Indian journal of veterinary science and animal husbandry - Volume 5,
Year: 1935
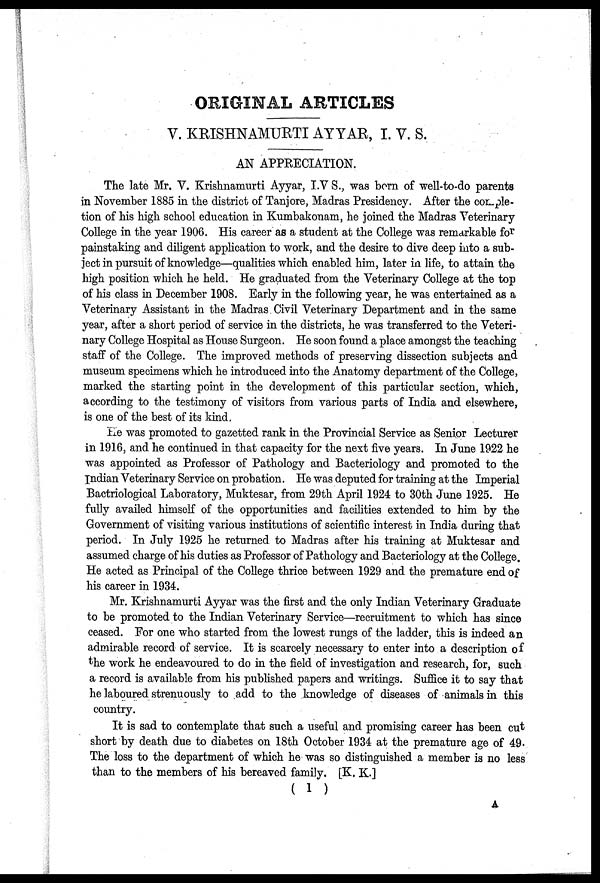
ORIGINAL ARTICLES
V. KRISHNAMURTI AYYAR, I. V. S.
AN APPRECIATION.
The late Mr. V. Krishnamurti Ayyar, I.V S., was born of well-to-do parents
in November 1885 in the district of Tanjore, Madras Presidency. After the comple-
tion of his high school education in Kumbakonam, he joined the Madras Veterinary
College in the year 1906. His career as a student at the College was remarkable for
painstaking and diligent application to work, and the desire to dive deep into a sub-
ject in pursuit of knowledge—qualities which enabled him, later in life, to attain the
high position which he held. He graduated from the Veterinary College at the top
of his class in December 1908. Early in the following year, he was entertained as a
Veterinary Assistant in the Madras Civil Veterinary Department and in the same
year, after a short period of service in the districts, he was transferred to the Veteri-
nary College Hospital as House Surgeon. He soon found a place amongst the teaching
staff of the College. The improved methods of preserving dissection subjects and
museum specimens which he introduced into the Anatomy department of the College,
marked the starting point in the development of this particular section, which,
according to the testimony of visitors from various parts of India and elsewhere,
is one of the best of its kind.
He was promoted to gazetted rank in the Provincial Service as Senior Lecturer
in 1916, and he continued in that capacity for the next five years. In June 1922 he
was appointed as Professor of Pathology and Bacteriology and promoted to the
Indian Veterinary Service on probation. He was deputed for training at the Imperial
Bactriological Laboratory, Muktesar, from 29th April 1924 to 30th June 1925. He
fully availed himself of the opportunities and facilities extended to him by the
Government of visiting various institutions of scientific interest in India during that
period. In July 1925 he returned to Madras after his training at Muktesar and
assumed charge of his duties as Professor of Pathology and Bacteriology at the College.
He acted as Principal of the College thrice between 1929 and the premature end of
his career in 1934.
Mr. Krishnamurti Ayyar was the first and the only Indian Veterinary Graduate
to be promoted to the Indian Veterinary Service—recruitment to which has since
ceased. For one who started from the lowest rungs of the ladder, this is indeed an
admirable record of service. It is scarcely necessary to enter into a description of
the work he endeavoured to do in the field of investigation and research, for, such
a record is available from his published papers and writings. Suffice it to say that
he laboured strenuously to add to the knowledge of diseases of animals in this
country.
It is sad to contemplate that such a useful and promising career has been cut
short by death due to diabetes on 18th October 1934 at the premature age of 49.
The loss to the department of which he was so distinguished a member is no less
than to the members of his bereaved family. [K. K.]
( 1 )
A